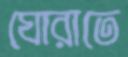
ঘোরাতে